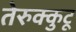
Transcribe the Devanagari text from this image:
तेरुक्कुटू